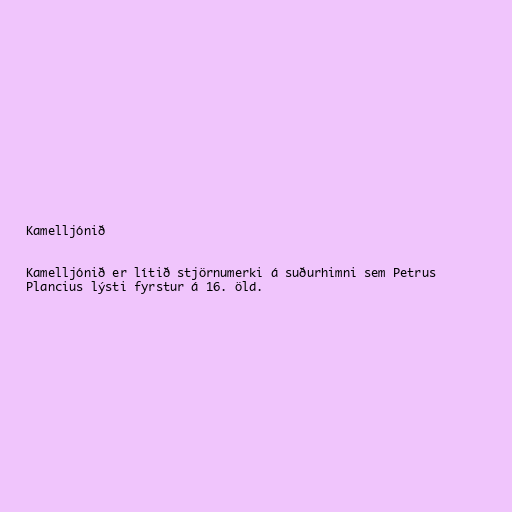
Kamelljónið

Kamelljónið er lítið stjörnumerki á suðurhimni sem Petrus
Plancius lýsti fyrstur á 16. öld.